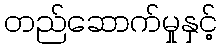
တည်ဆောက်မှုနှင့်